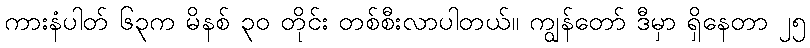
ကားနံပါတ် ၆၃က မိနစ် ၃၀ တိုင်း တစ်စီးလာပါတယ်။ ကျွန်တော် ဒီမှာ ရှိနေတာ ၂၅